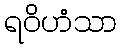
ရဝိဟံသာ